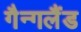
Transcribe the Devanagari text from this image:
गैन्गलैंड